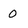
Character: O